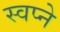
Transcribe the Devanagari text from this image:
स्वप्‍ने